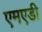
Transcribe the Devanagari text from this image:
एमएडी